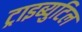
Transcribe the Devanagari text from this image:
ट्राइब्युटिल